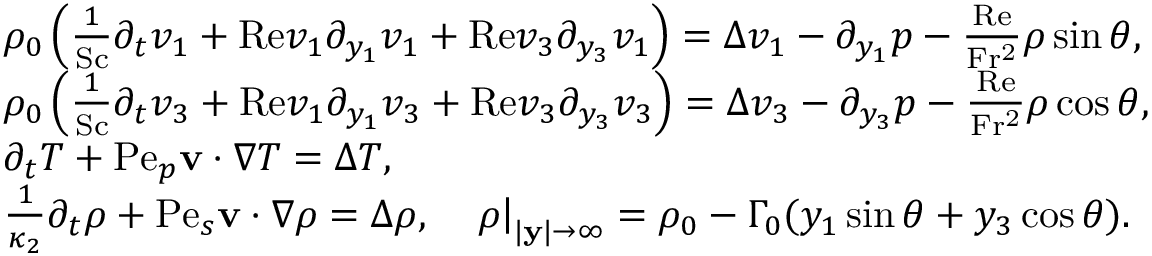
\begin{array} { r l } & { \rho _ { 0 } \left( \frac { 1 } { \mathrm { S c } } \partial _ { t } v _ { 1 } + \mathrm { R e } v _ { 1 } \partial _ { y _ { 1 } } v _ { 1 } + \mathrm { R e } v _ { 3 } \partial _ { y _ { 3 } } v _ { 1 } \right) = \Delta v _ { 1 } - \partial _ { y _ { 1 } } p - \frac { \mathrm { R e } } { \mathrm { F r ^ { 2 } } } \rho \sin \theta , } \\ & { \rho _ { 0 } \left( \frac { 1 } { \mathrm { S c } } \partial _ { t } v _ { 3 } + \mathrm { R e } v _ { 1 } \partial _ { y _ { 1 } } v _ { 3 } + \mathrm { R e } v _ { 3 } \partial _ { y _ { 3 } } v _ { 3 } \right) = \Delta v _ { 3 } - \partial _ { y _ { 3 } } p - \frac { \mathrm { R e } } { \mathrm { F r ^ { 2 } } } \rho \cos \theta , } \\ & { \partial _ { t } T + \mathrm { P e } _ { p } \mathbf { v } \cdot \nabla T = \Delta T , } \\ & { \frac { 1 } { \kappa _ { 2 } } \partial _ { t } \rho + \mathrm { P e } _ { s } \mathbf { v } \cdot \nabla \rho = \Delta \rho , \quad \left. \rho \right| _ { | \mathbf { y } | \rightarrow \infty } = \rho _ { 0 } - \Gamma _ { 0 } ( y _ { 1 } \sin \theta + y _ { 3 } \cos \theta ) . } \end{array}